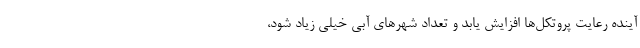
آینده رعایت پروتکل‌ها افزایش یابد و تعداد شهرهای آبی خیلی زیاد شود،